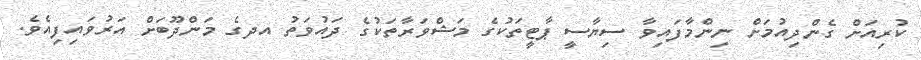
ކުރިއަށް ގެންދިއުމަށް ނިންމާފައިވާ ސިޔާސީ ޕާޓީތަކުގެ މަޝްވަރާތަކުގެ ދައުވަތު އދގެ މަންދޫބަށް އަރުވައިފިއެވެ.